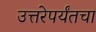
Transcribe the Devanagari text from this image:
उत्तरेपर्यंतचा